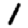
Digit: 1